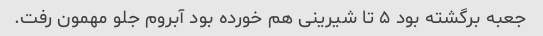
جعبه برگشته بود ۵ تا شیرینی هم خورده بود آبروم جلو مهمون رفت.